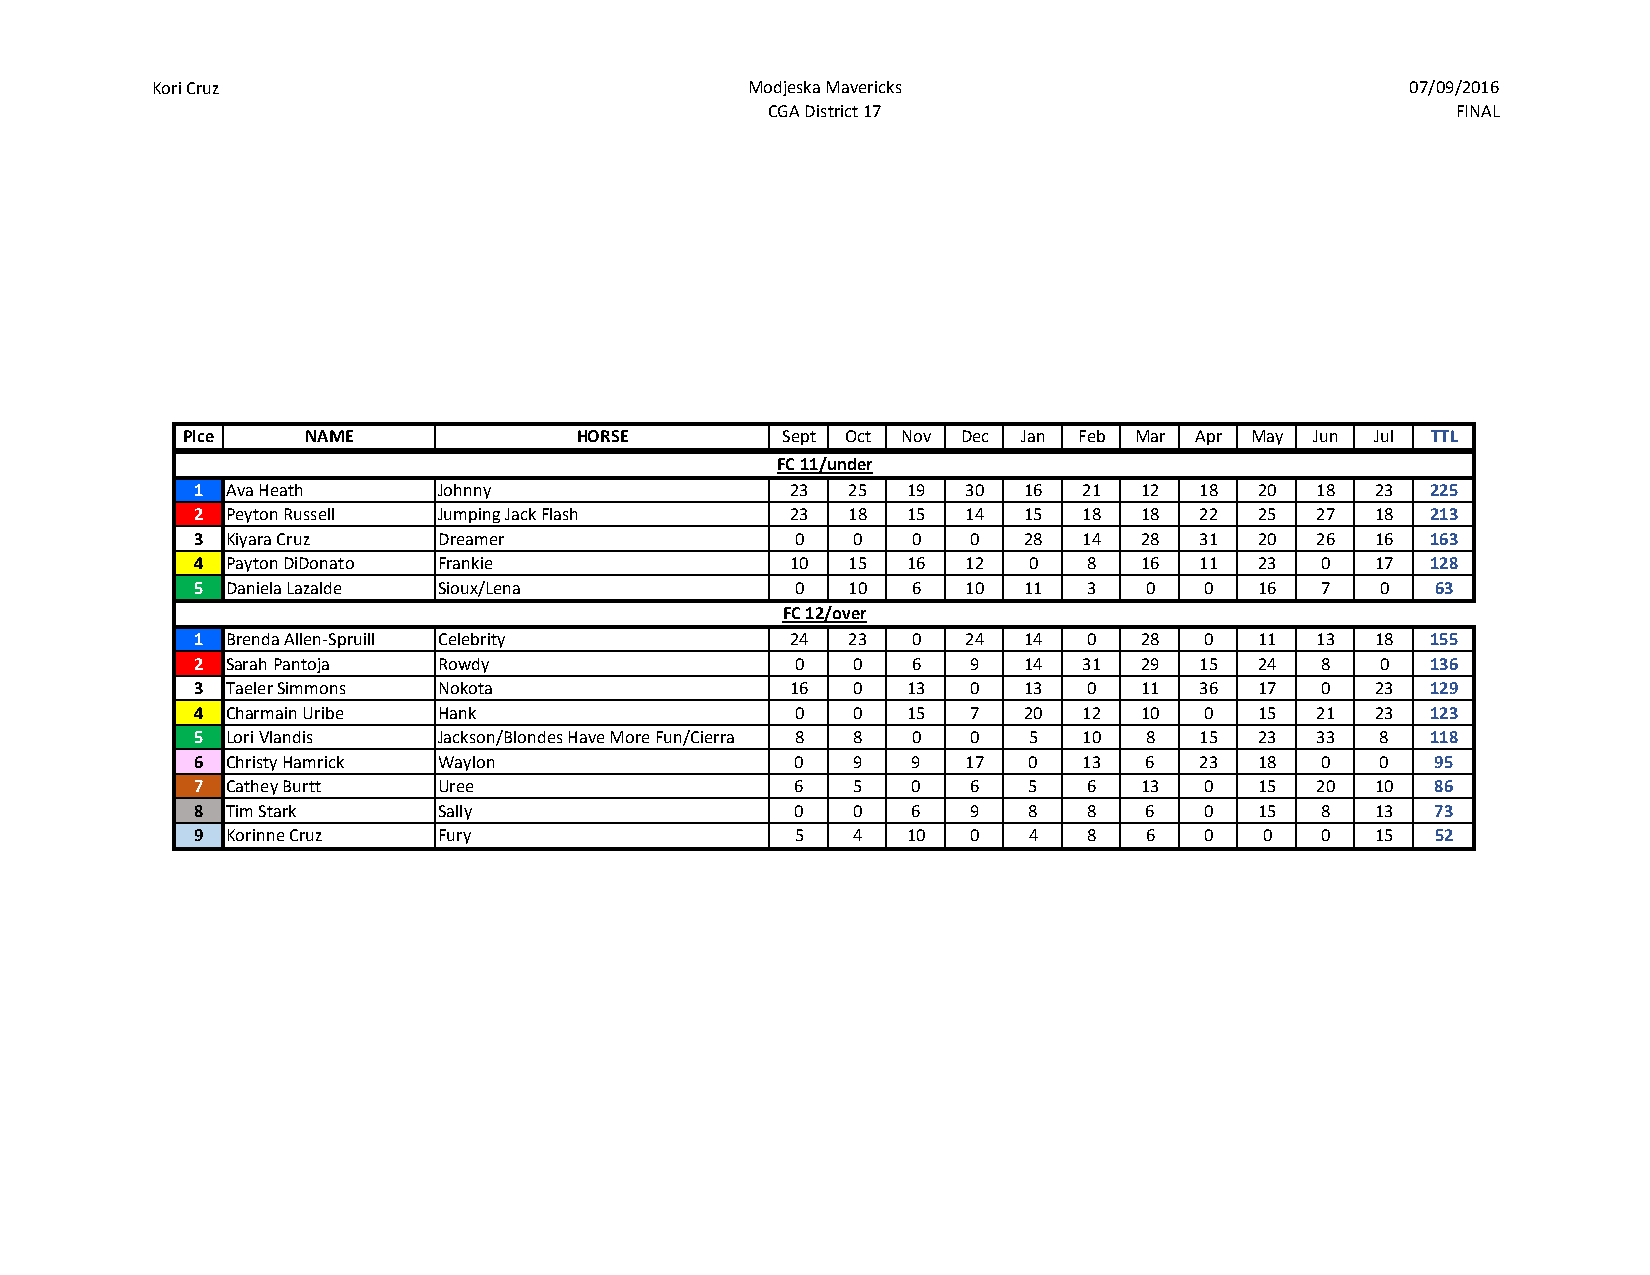
Kori Cruz                               Modjeska Mavericks                         07/09/2016
 CGA District 17                               FINAL
 Plce    NAME              HORSE         Sept Oct Nov Dec Jan Feb Mar Apr May Jun Jul TTL
 FC 11/under
 1 Ava Heath     Johnny                 23  25  19  30  16  21  12  18 20  18  23  225
 2 Peyton Russell Jumping Jack Flash    23  18  15  14  15  18  18  22 25  27  18  213
 3 Kiyara Cruz   Dreamer                 0   0   0  0   28  14  28  31 20  26  16  163
 4 Payton DiDonato Frankie              10  15  16  12  0   8   16  11 23   0  17  128
 5 Daniela Lazalde Sioux/Lena            0  10   6  10  11  3   0   0  16   7   0  63
 FC 12/over
 1 Brenda Allen-Spruill Celebrity       24  23   0  24  14  0   28  0  11  13  18  155
 2 Sarah Pantoja Rowdy                   0   0   6  9   14  31  29  15 24   8  0   136
 3 Taeler Simmons Nokota                16   0  13  0   13  0   11  36 17   0  23  129
 4 Charmain Uribe Hank                   0   0  15  7   20  12  10  0  15  21  23  123
 5 Lori Vlandis  Jackson/Blondes Have More Fun/Cierra 8 8 0 0 5 10 8 15 23 33  8   118
 6 Christy Hamrick Waylon                0   9   9  17  0   13  6   23 18   0  0   95
 7 Cathey Burtt  Uree                    6   5  0   6   5   6   13  0  15  20  10  86
 8 Tim Stark     Sally                   0   0  6   9   8   8   6   0  15   8  13  73
 9 Korinne Cruz  Fury                    5   4  10  0   4   8   6   0   0   0  15  52